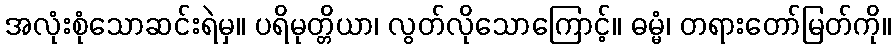
အလုံးစုံသောဆင်းရဲမှ။ ပရိမုတ္တိယာ၊ လွတ်လိုသောကြောင့်။ ဓမ္မံ၊ တရားတော်မြတ်ကို။